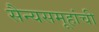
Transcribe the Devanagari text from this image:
सैन्यसमूहांची